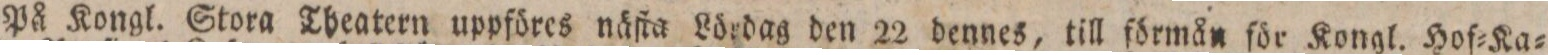
På Kongl. Stora Theatern uppföres näſta Lördag den 22 dennes, till förmån för Kongl. Hof=Ka=